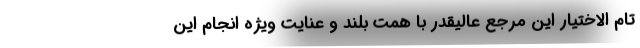
تام الاختیار این مرجع عالیقدر با همّت بلند و عنایت ویژه انجام این